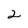
Character: 2